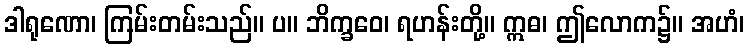
ဒါရုဏော၊ ကြမ်းတမ်းသည်။ ပ။ ဘိက္ခဝေ၊ ရဟန်းတို့။ ဣဓ၊ ဤလောက၌။ အဟံ၊